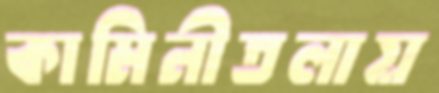
কামিনীতলায়